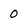
Character: 0